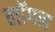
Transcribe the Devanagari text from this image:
लॉगन